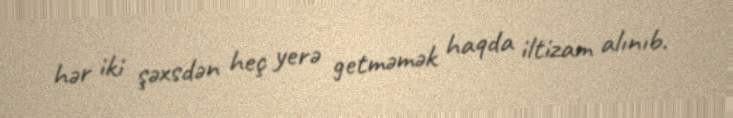
hər iki şəxsdən heç yerə getməmək haqda iltizam alınıb.